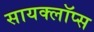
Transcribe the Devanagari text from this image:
सायक्लॉप्स